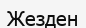
Жезден